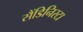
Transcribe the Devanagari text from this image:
सैंडिनिस्टा